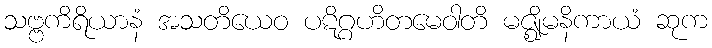
သဗ္ဗကိရိယာနံ အသတိယေဝ ပဋိဂ္ဂဟိတမေဝါတိ မဇ္ဈိမနိကာယံ ဆုက